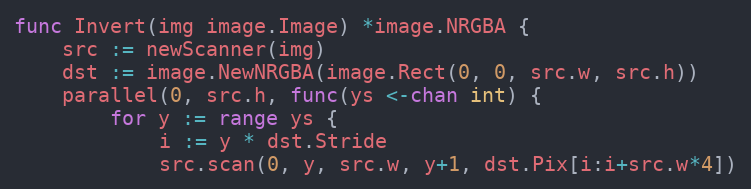
Language: Go
func Invert(img image.Image) *image.NRGBA {
	src := newScanner(img)
	dst := image.NewNRGBA(image.Rect(0, 0, src.w, src.h))
	parallel(0, src.h, func(ys <-chan int) {
		for y := range ys {
			i := y * dst.Stride
			src.scan(0, y, src.w, y+1, dst.Pix[i:i+src.w*4])